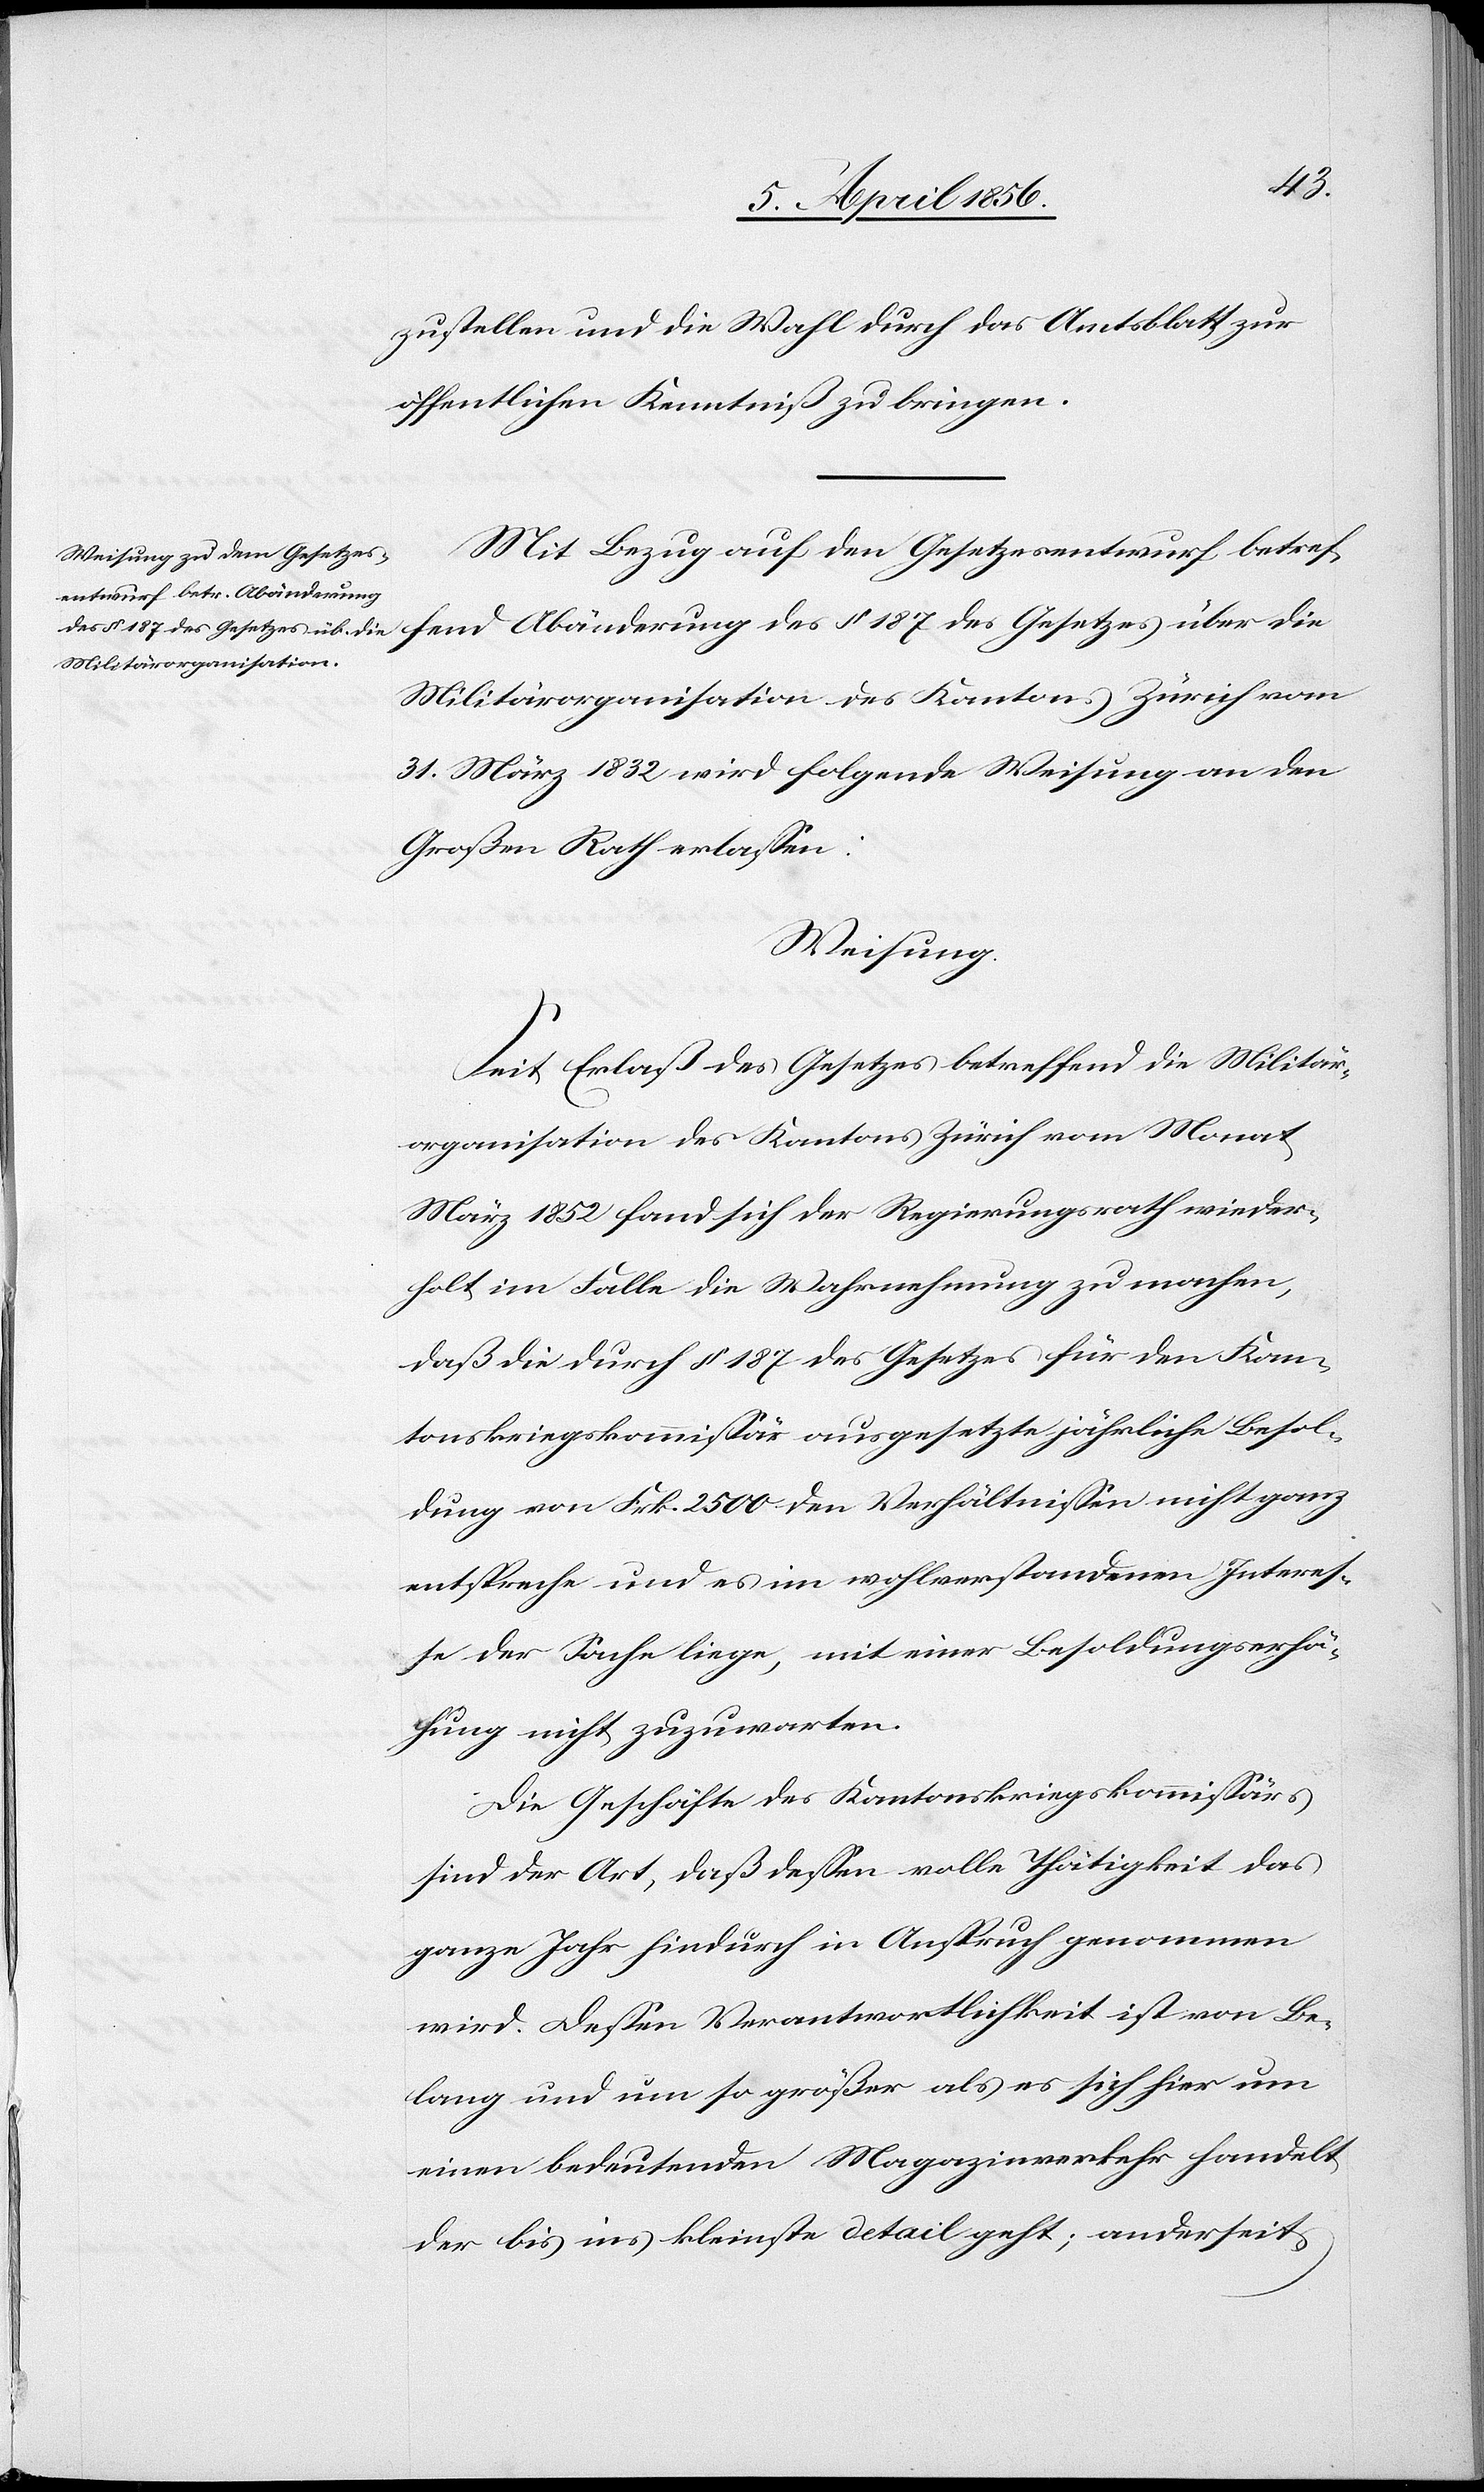
zustellen und die Wahl durch das Amtsblatt zur
öffentlichen Kenntniß zu bringen.
Mit Bezug auf den Gesetzesentwurf betreffend
des § 187 des Gesetzes über die Militärorganisation des Kantons Zürich vom 31. März 1832 wird folgende Weisung an den
Großen Rath erlassen:
Weisung.
Sei Erlaß des Gesetzes betreffend die Militär¬
organisation des Kantons Zürich vom Monat
März 1852 fand sich der Regierungsrath wieder¬
holt im Falle die Wahrnehmung zu machen,
daß die durch § 187 des Gesetzes für den Kan¬
tonskriegskommissär ausgesetzte jährliche Besol¬
dung von Frk. 2500 den Verhältnissen nicht ganz
entspreche und es im wohlverstandenen Interes¬
se der Sache liege, mit einer Besoldungserhö¬
hung nicht zuzuwarten.
Die Geschäfte des Kantonskriegskommissärs
sind der Art, daß dessen volle Thätigkeit das
ganze Jahr hindurch in Anspruch genommen
wird. Dessen Verantwortlichkeit ist von Be¬
lang und um so größer als es sich hier um
einen bedeutenden Magazinverkehr handelt
der bis ins kleinste Detail geht; anderseits